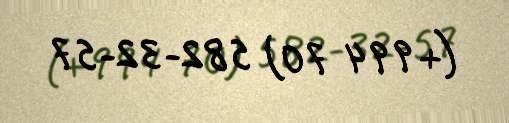
(+994 70) 582-32-57